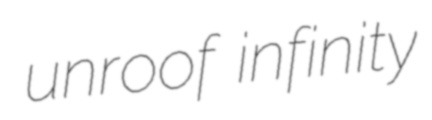
unroof infinity